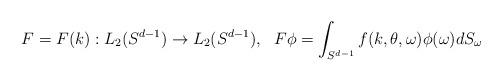
LaTeX: \begin{align*}F=F(k):L_2(S^{d-1}) \rightarrow L_2(S^{d-1}),~~F\phi=\int_{S^{d-1}}f(k,\theta,\omega)\phi(\omega)dS_\omega\end{align*}